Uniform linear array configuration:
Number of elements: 4
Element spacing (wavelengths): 0.75
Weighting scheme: binomial
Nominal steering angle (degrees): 15
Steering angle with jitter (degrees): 15.947
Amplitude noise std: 0.05
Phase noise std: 0.05

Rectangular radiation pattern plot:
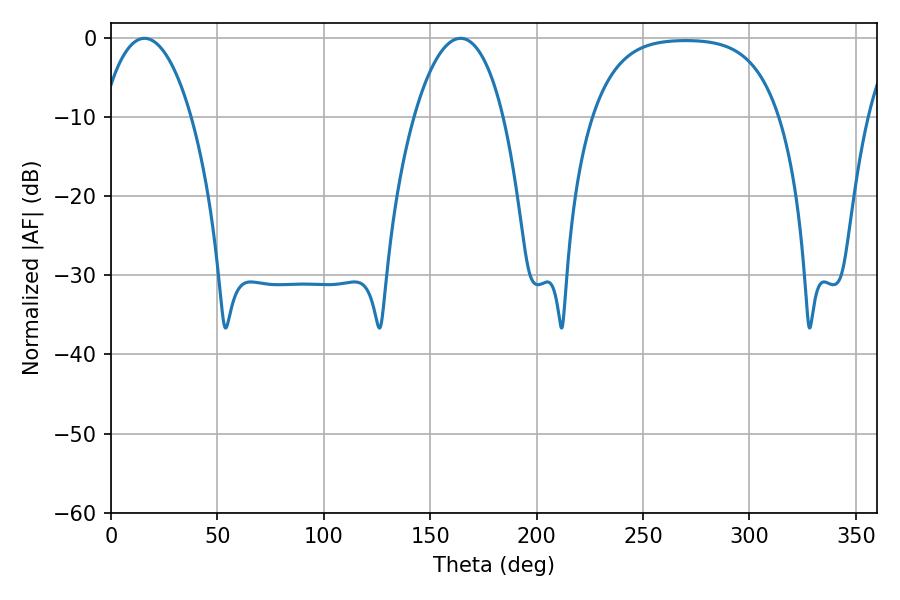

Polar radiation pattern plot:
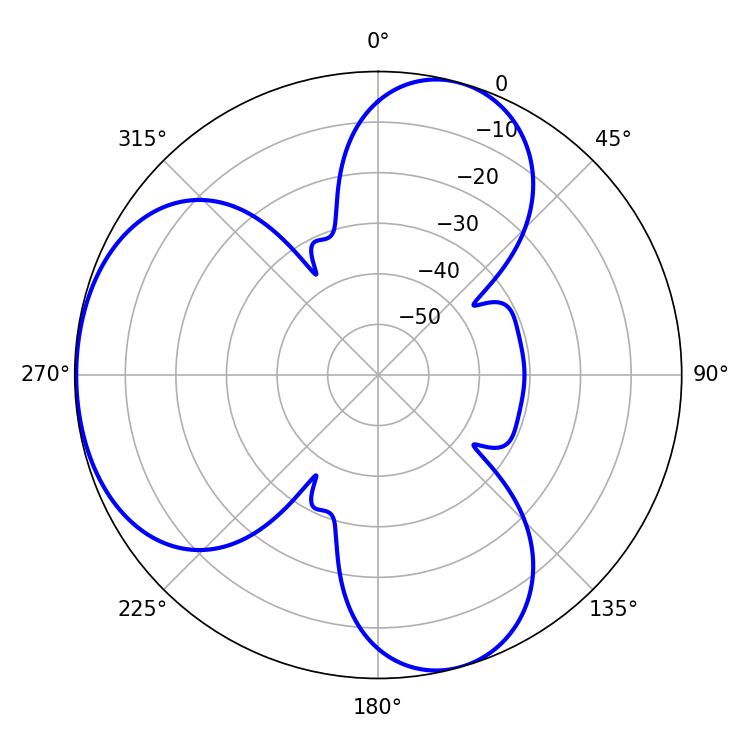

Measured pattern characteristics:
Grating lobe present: TRUE
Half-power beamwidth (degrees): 23.4
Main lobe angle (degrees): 15.66